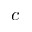
c